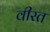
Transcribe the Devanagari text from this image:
वीरत